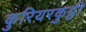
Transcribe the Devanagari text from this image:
कुरियरकुट्टी